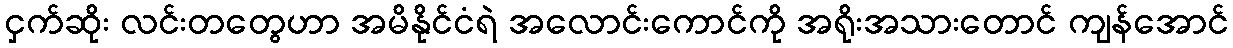
ငှက်ဆိုး လင်းတတွေဟာ အမိနိုင်ငံရဲ အလောင်းကောင်ကို အရိုးအသားတောင် ကျန်အောင်